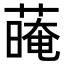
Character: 𦺽